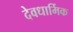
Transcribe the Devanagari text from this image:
देवधार्मिक